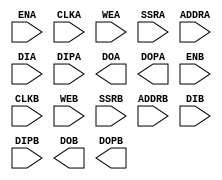
module RAMB16_S18_S18 #(
    parameter SIM_COLLISION_CHECK = "ALL",
) (
    input         ENA, CLKA, WEA, SSRA,
    input  [9:0]  ADDRA,
    input  [15:0] DIA,
    input  [1:0]  DIPA,
    output [15:0] DOA,
    output [1:0]  DOPA,
    input         ENB, CLKB, WEB, SSRB,
    input  [9:0]  ADDRB,
    input  [15:0] DIB,
    input  [1:0]  DIPB,
    output [15:0] DOB,
    output [1:0]  DOPB
);
endmodule